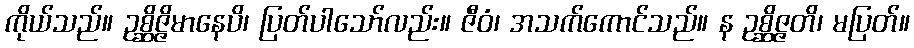
ကိုယ်သည်။ ဥစ္ဆိဇ္ဇိမာနေပိ၊ ပြတ်ပါသော်လည်း။ ဇီဝံ၊ အသက်ကောင်သည်။ န ဥစ္ဆိဇ္ဇတိ၊ မပြတ်။